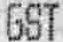
GST